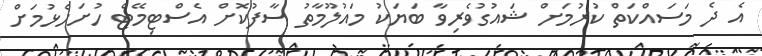
އެ ދެ މަސައްކަތް ކުރުމަށް ޝައުގުވެރިވާ ބަޔަކު މައުލޫމާތު ސާފުކޮށް އެސްޓިމޭޓް ހުށަހެޅުމަށް